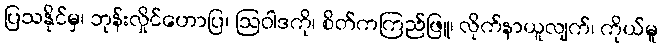
ပြသနိုင်မှ၊ ဘုန်းလှိုင်ဟောပြ၊ ဩဝါဒကို၊ စိတ်ကကြည်ဖြူ၊ လိုက်နာယူလျက်၊ ကိုယ်မူ